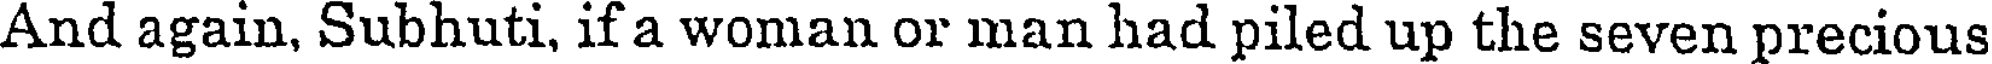
And again, Subhuti, if a woman or man had piled up the seven precious